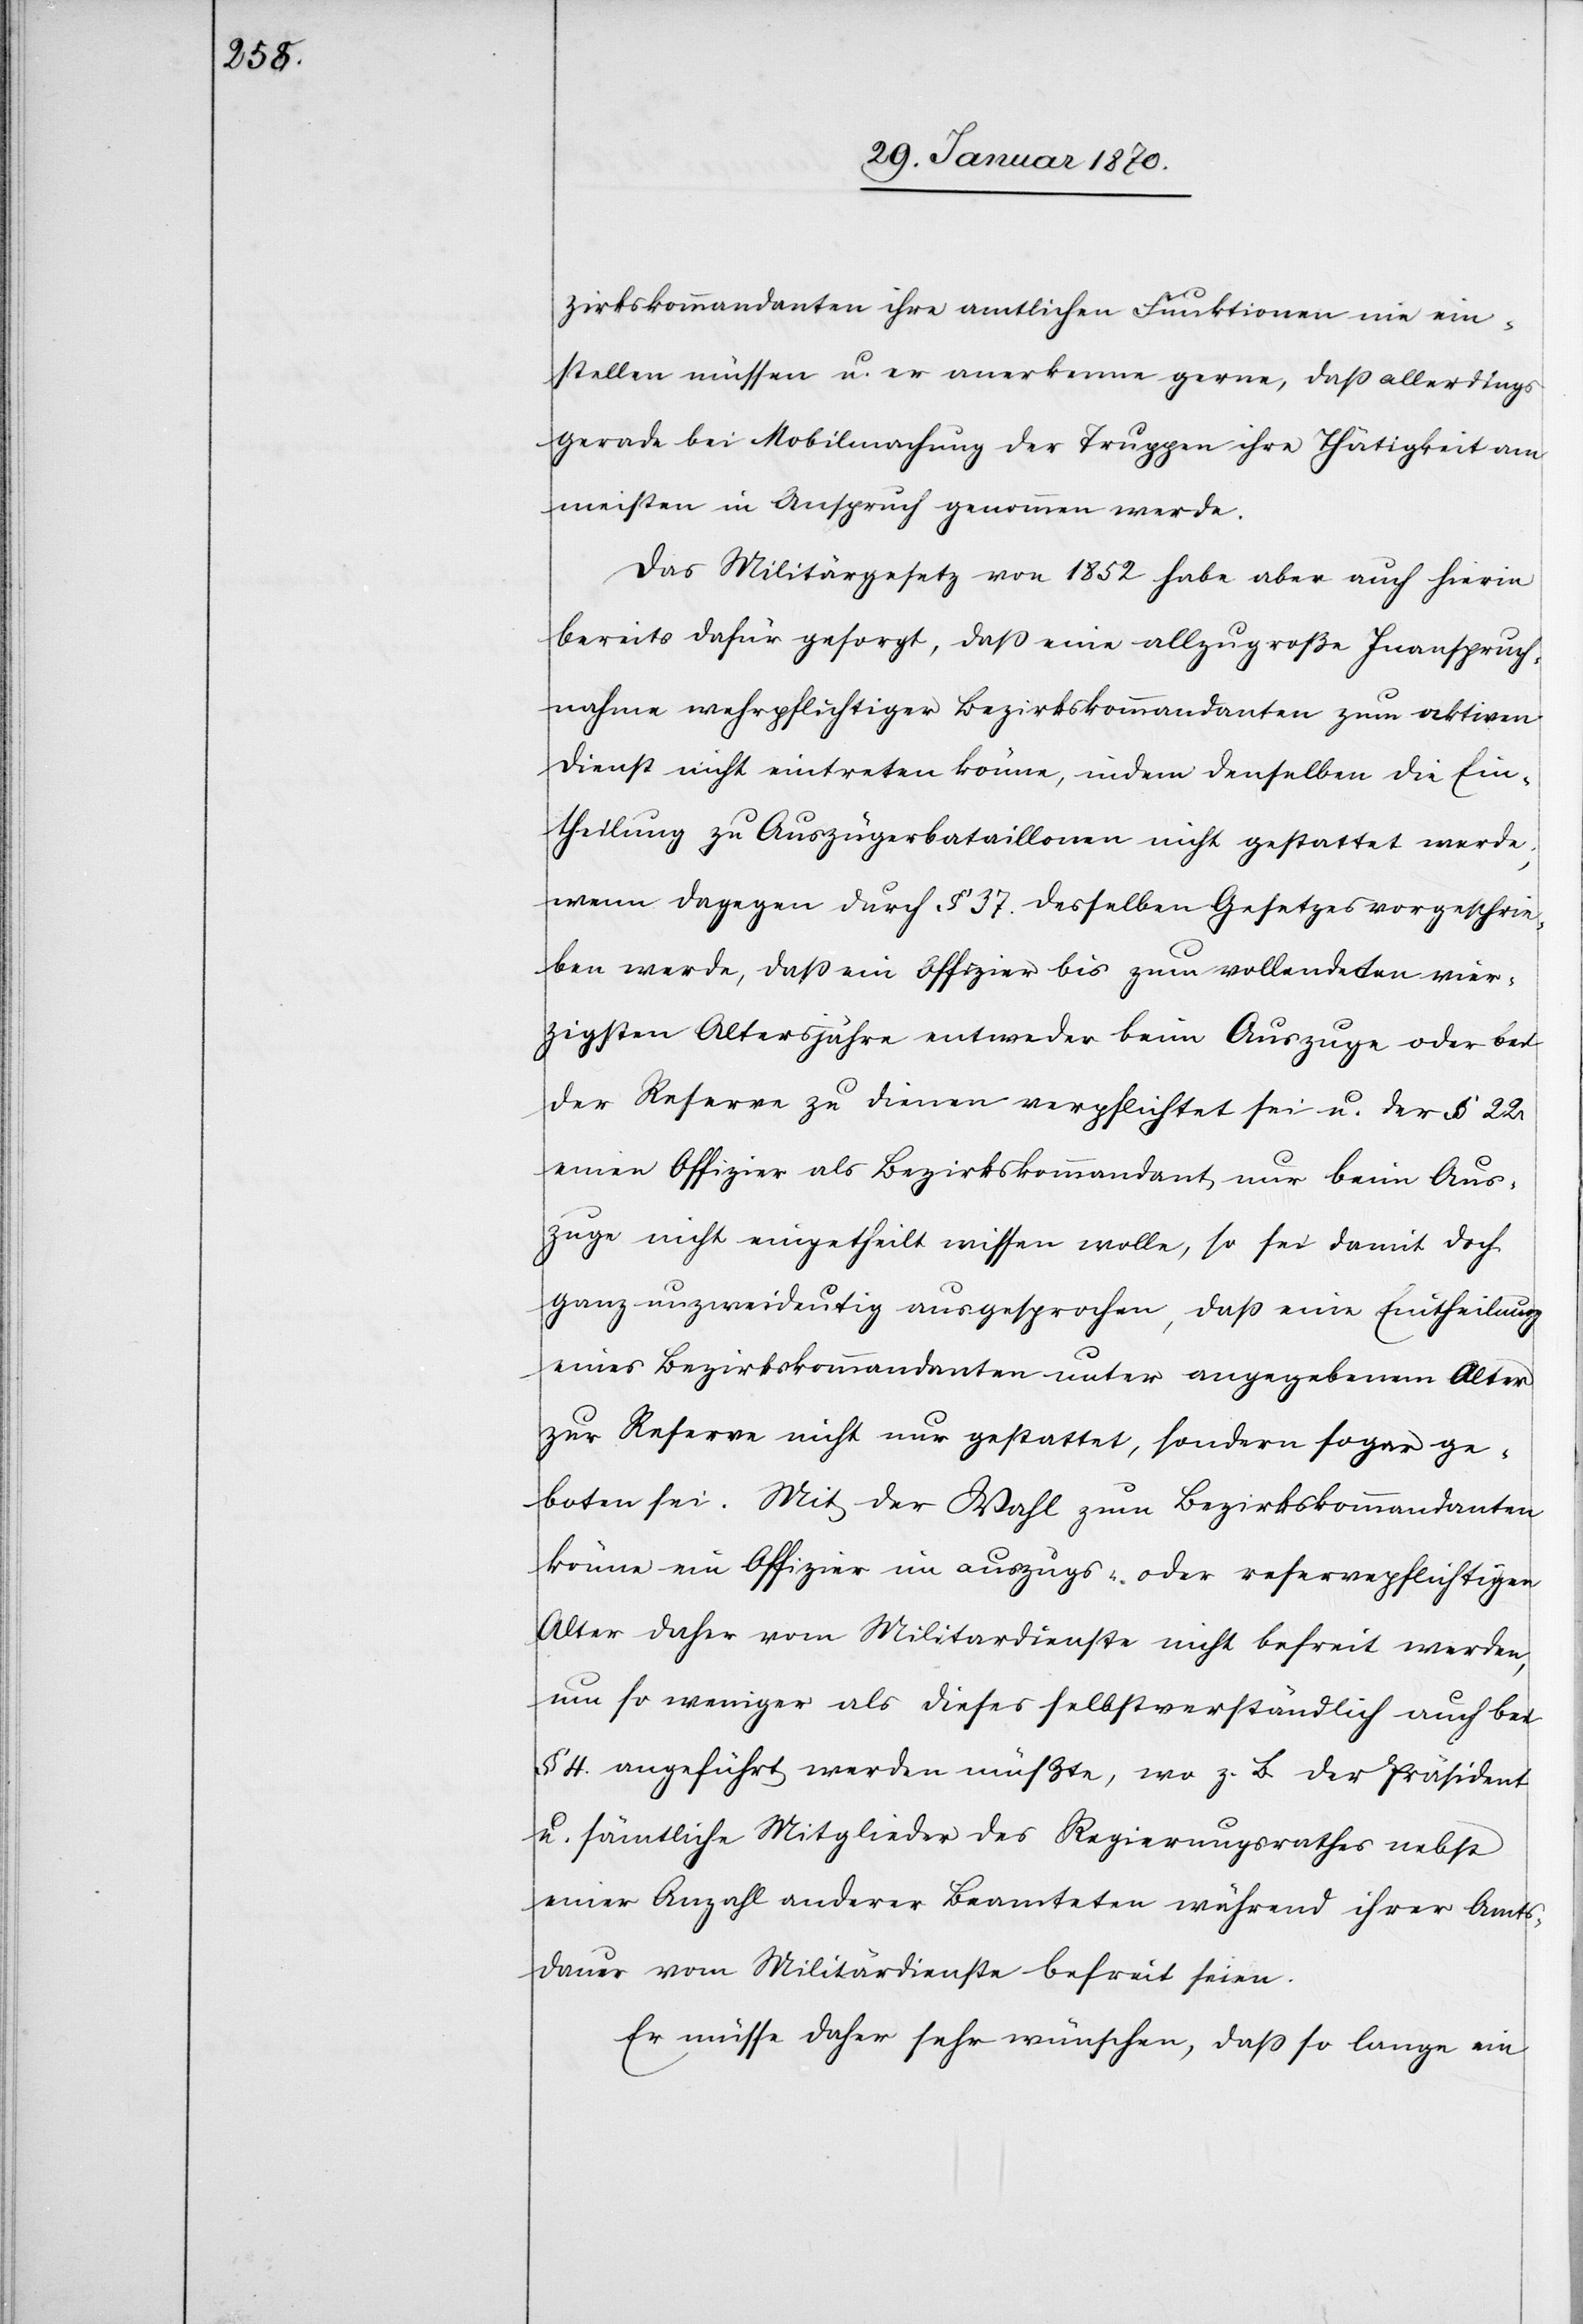
zirkskommandanten ihre amtlichen Funktionen nie ein¬
stellen müssen u. er anerkenne gerne, dass allerdings
gerade bei Mobilmachung der Truppen ihre Thätigkeit am
meisten in Anspruch genommen werde.
Das Militärgesetz von 1852 habe aber auch hierin
bereits dafür gesorgt, dass eine allzugroße Inanspruch¬
nahme wehrpflichtiger Bezirkskommandanten zum aktiven
Dienst nicht eintreten könne, indem denselben die Ein¬
theilung zu Auszügerbataillonen nicht gestattet werde;
wenn dagegen durch § 37. desselben Gesetzes vorgeschrie¬
ben werde, dass ein Offizier bis zum vollendeten vier¬
zigsten Altersjahre entweder beim Auszuge oder bei
der Reserve zu dienen verpflichtet sei u. der § 22.
einen Offizier als Bezirkskommandant nur beim Aus¬
zuge nicht eingetheilt wissen wolle, so sei damit doch
ganz unzweideutig ausgesprochen, dass eine Eintheilung
eines Bezirkskommandanten unter angegebenem Alter
zur Reserve nicht nur gestattet, sondern sogar ge¬
boten sei. Mit der Wahl zum Bezirkskommandanten
könne ein Offizier im auszugs- oder reservepflichtigen
Alter daher vom Militardienste nicht befreit werden,
um so weniger als dieses selbstverständlich auch bei
§ 4. angeführt werden müßte, wo z. B. der Präsident
u. sämtliche Mitglieder des Regierungsrathes nebst
einer Anzahl anderer Beamteten während ihrer Amts¬
dauer vom Militärdienste befreit seien.
Er müsse daher sehr wünschen, dass so lange ein